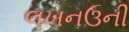
લખનઉની